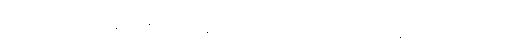
ခံစားချက်ပိုကောင်းစေနိုင်သလို အထွတ်အထိပ်ရောက်ခြင်း အလွယ်တကူ ဖြစ်စေနိုင်တယ်လို့ သိရပါတယ်။